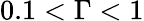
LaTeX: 0.1<\Gamma<1